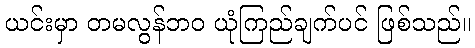
ယင်းမှာ တမလွန်ဘဝ ယုံကြည်ချက်ပင် ဖြစ်သည်။